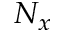
N _ { x }